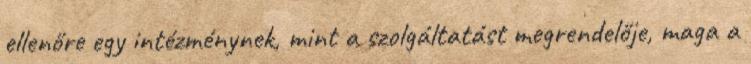
ellenőre egy intézménynek, mint a szolgáltatást megrendelője, maga a